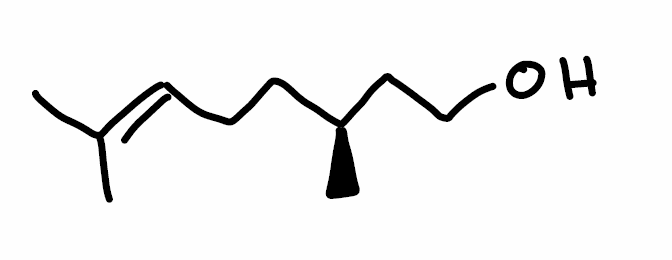
Simplified molecular-input line-entry system (SMILES) notation of the given molecule:
C[C@@H](CCC=C(C)C)CCO